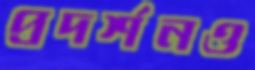
প্রদর্শনও